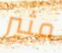
مثير